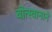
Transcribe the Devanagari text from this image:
बोत्स्वानाने